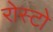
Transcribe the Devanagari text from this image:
रोस्टो